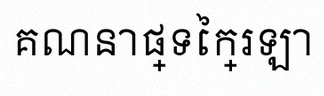
គណនាផ្ទៃក្រឡា